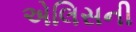
એલિસની